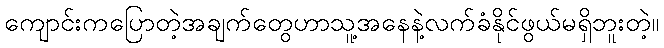
ကျောင်းကပြောတဲ့အချက်တွေဟာသူ့အနေနဲ့လက်ခံနိုင်ဖွယ်မရှိဘူးတဲ့။